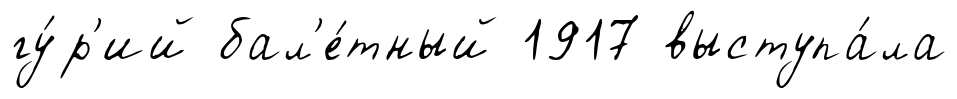
гу́р'ий бал'е́тный 1917 выступа́ла